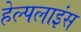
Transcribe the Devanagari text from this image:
हेल्पलाइंस